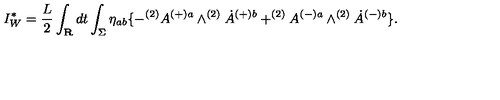
I _ { W } ^ { \ast } = \frac { L } { 2 } \int _ { \bf R } d t \int _ { \Sigma } \eta _ { a b } \{ - ^ { ( 2 ) } A ^ { ( + ) a } \wedge ^ { \mathrm { } ( 2 ) } \dot { A } ^ { ( + ) b } + ^ { ( 2 ) } A ^ { ( - ) a } \wedge ^ { \mathrm { } ( 2 ) } \dot { A } ^ { ( - ) b } \} .